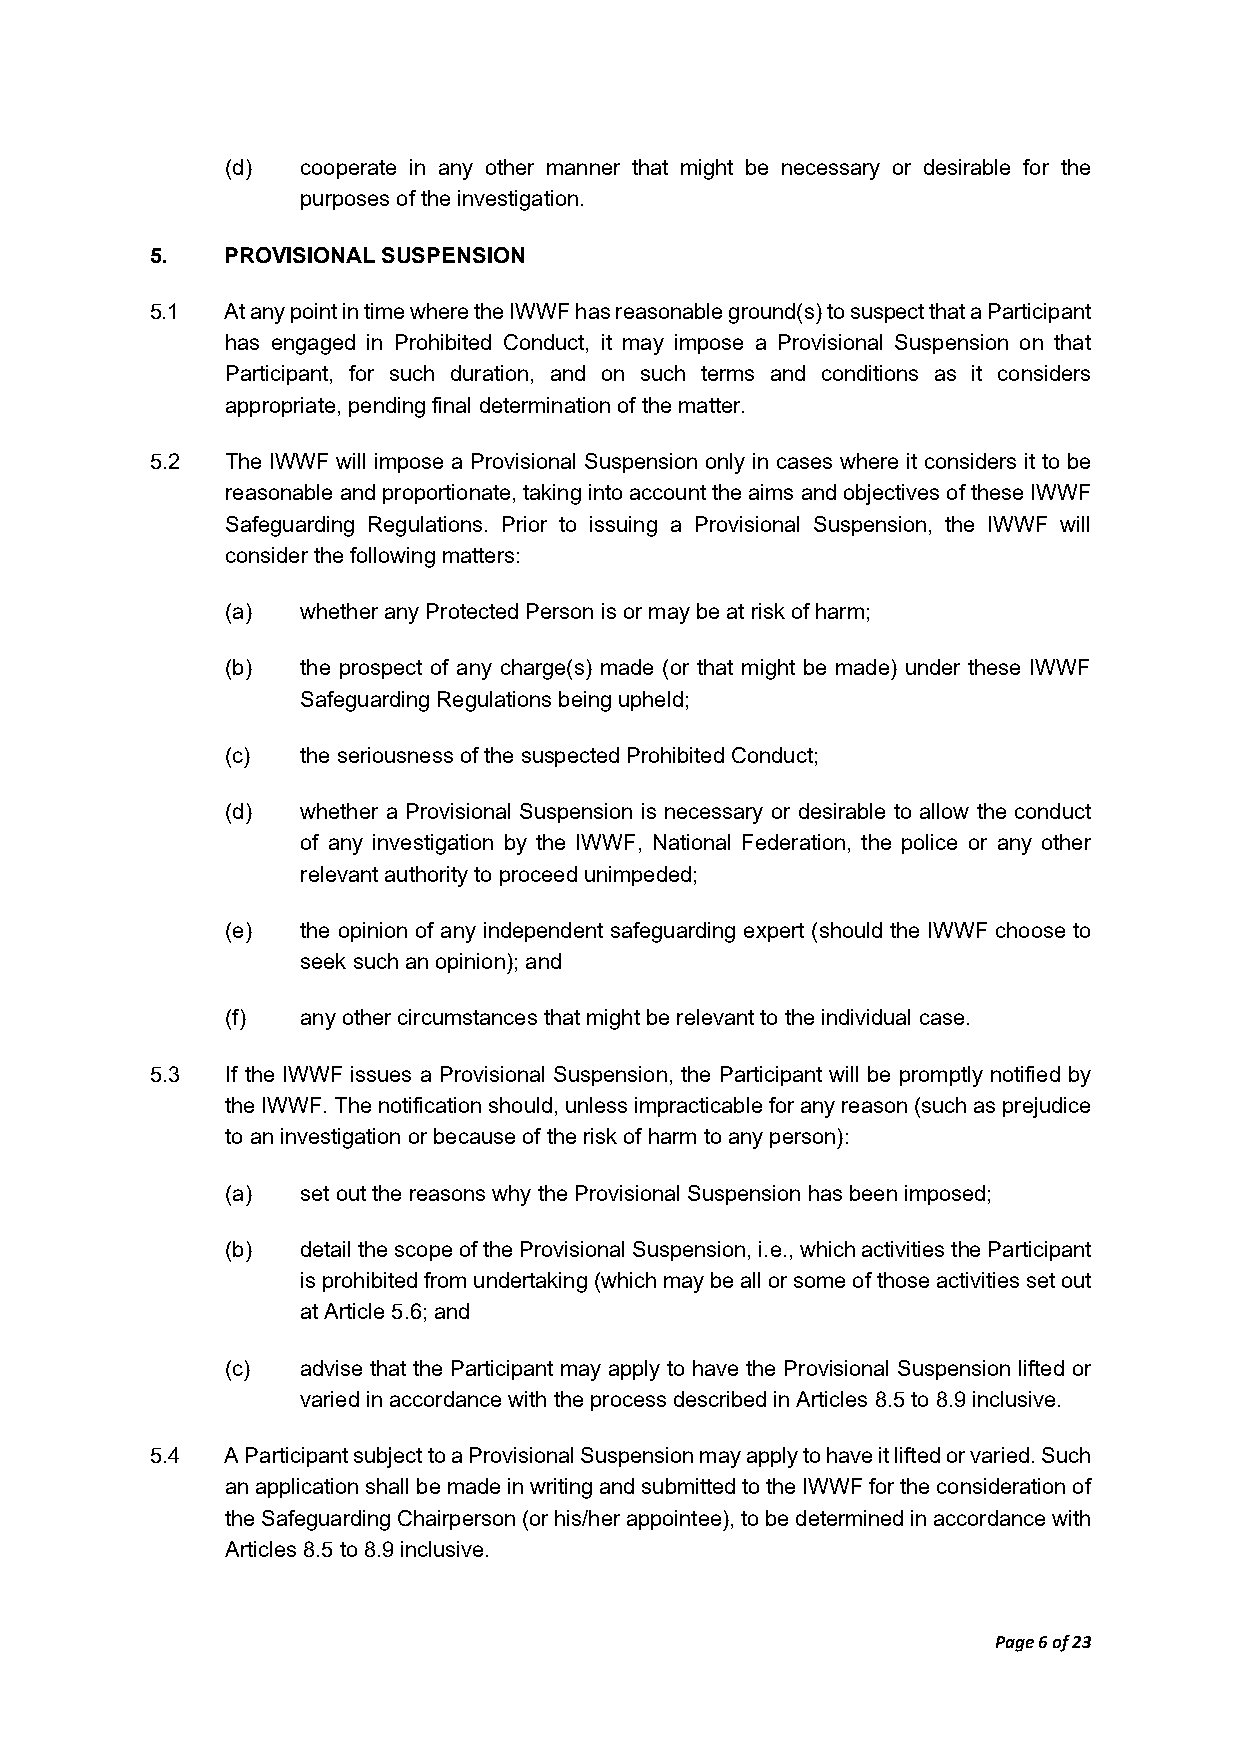
(d)  cooperate in any other manner that might be necessary or desirable for the
 purposes of the investigation.
 5.   PROVISIONAL SUSPENSION
 5.1  At any point in time where the IWWF has reasonable ground(s) to suspect that a Participant
 has engaged in Prohibited Conduct, it may impose a Provisional Suspension on that
 Participant, for such duration, and on such terms and conditions as it considers
 appropriate, pending final determination of the matter.
 5.2  The IWWF will impose a Provisional Suspension only in cases where it considers it to be
 reasonable and proportionate, taking into account the aims and objectives of these IWWF
 Safeguarding Regulations. Prior to issuing a Provisional Suspension, the IWWF will
 consider the following matters:
 (a)  whether any Protected Person is or may be at risk of harm;
 (b)  the prospect of any charge(s) made (or that might be made) under these IWWF
 Safeguarding Regulations being upheld;
 (c)  the seriousness of the suspected Prohibited Conduct;
 (d)  whether a Provisional Suspension is necessary or desirable to allow the conduct
 of any investigation by the IWWF, National Federation, the police or any other
 relevant authority to proceed unimpeded;
 (e)  the opinion of any independent safeguarding expert (should the IWWF choose to
 seek such an opinion); and
 (f)  any other circumstances that might be relevant to the individual case.
 5.3  If the IWWF issues a Provisional Suspension, the Participant will be promptly notified by
 the IWWF. The notification should, unless impracticable for any reason (such as prejudice
 to an investigation or because of the risk of harm to any person):
 (a)  set out the reasons why the Provisional Suspension has been imposed;
 (b)  detail the scope of the Provisional Suspension, i.e., which activities the Participant
 is prohibited from undertaking (which may be all or some of those activities set out
 at Article 5.6; and
 (c)  advise that the Participant may apply to have the Provisional Suspension lifted or
 varied in accordance with the process described in Articles 8.5 to 8.9 inclusive.
 5.4  A Participant subject to a Provisional Suspension may apply to have it lifted or varied. Such
 an application shall be made in writing and submitted to the IWWF for the consideration of
 the Safeguarding Chairperson (or his/her appointee), to be determined in accordance with
 Articles 8.5 to 8.9 inclusive.
 Page 6 of 23